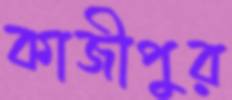
কাজীপুর